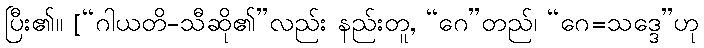
ပြီး၏။ [“ဂါယတိ-သီဆို၏”လည်း နည်းတူ, “ဂေ”တည်၊ “ဂေ=သဒ္ဒေ”ဟု